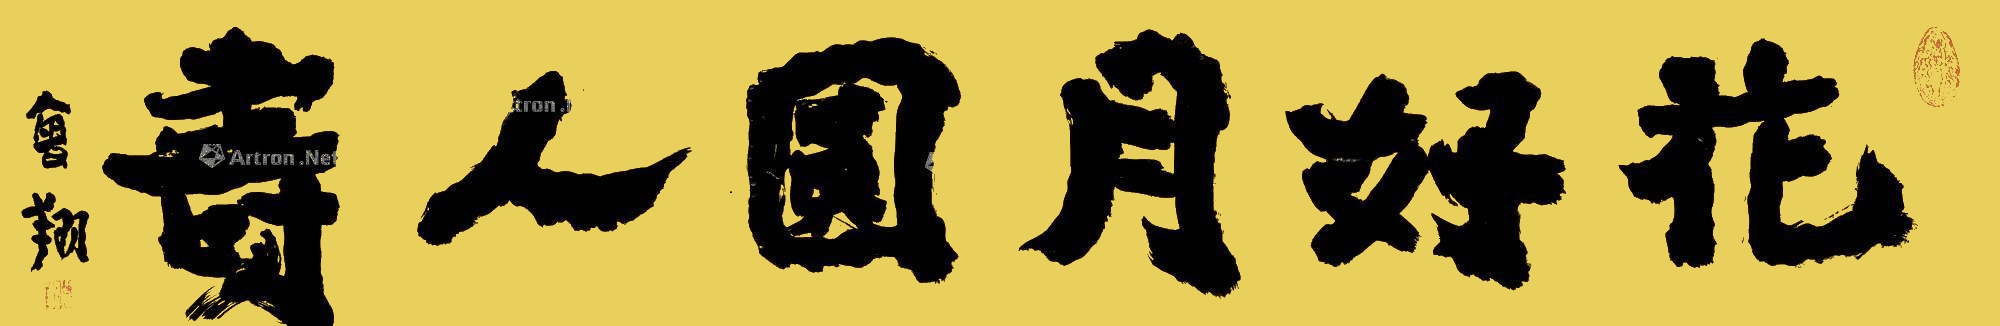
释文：花好月圆人寿曾翔